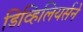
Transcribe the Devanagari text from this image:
डिव्हिलियर्सने